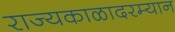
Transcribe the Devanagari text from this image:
राज्यकाळादरम्यान